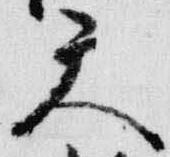
天